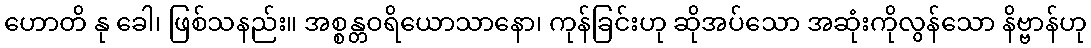
ဟောတိ နု ခေါ၊ ဖြစ်သနည်း။ အစ္စန္တဝရိယောသာနော၊ ကုန်ခြင်းဟု ဆိုအပ်သော အဆုံးကိုလွန်သော နိဗ္ဗာန်ဟု